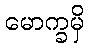
မောက္ခမှိ